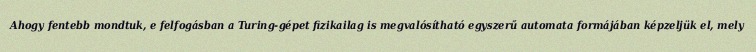
Ahogy fentebb mondtuk, e felfogásban a Turing-gépet fizikailag is megvalósítható egyszerű automata formájában képzeljük el, mely